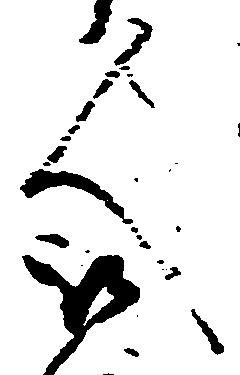
人